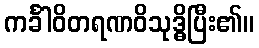
ကင်္ခါဝိတရဏဝိသုဒ္ဓိပြီး၏။